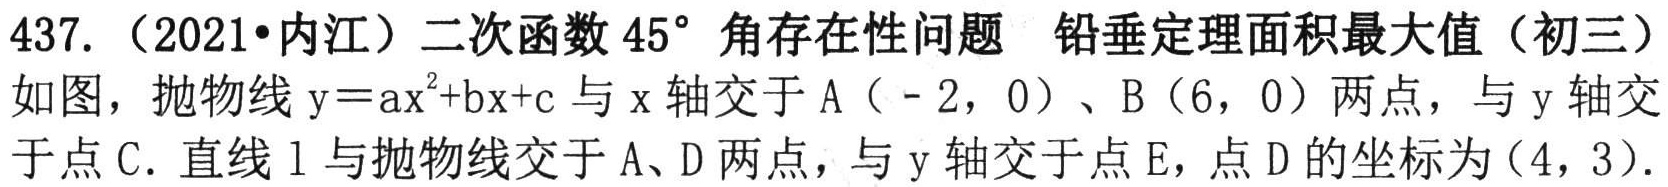
437.（2021•内江）二次函数\(45^{\circ}\)角存在性问题 铅垂定理面积最大值（初三）
如图，抛物线\(y = ax^{2}+bx + c\)与\(x\)轴交于\(A(-2,0)\)、\(B(6,0)\)两点，与\(y\)轴交于点\(C\). 直线\(l\)与抛物线交于\(A\)、\(D\)两点，与\(y\)轴交于点\(E\)，点\(D\)的坐标为\((4,3)\).